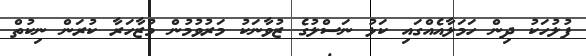
ފުލުހަކު ދިން ހަމަލާއެއްގައި ކަޅު ނަސްލުގެ ޒުވާނަކު މަރުވުމުން މުޒާހަރާ ކުރަން ނިކުތް